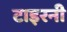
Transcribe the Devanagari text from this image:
टाइरनी